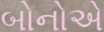
બોનોએ